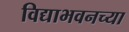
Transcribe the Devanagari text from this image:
विद्याभवनच्या